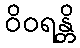
ဝိဝရန္တိ